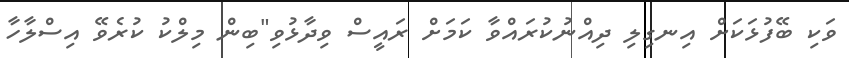
ވަކި ބޭފުޅަކަށް އިނގިލި ދިއްނުކުރައްވާ ކަމަށް ރައީސް ވިދާޅުވި"ބިން މިލްކު ކުރެވޭ އިސްލާހާ